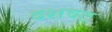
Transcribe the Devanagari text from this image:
दशवट